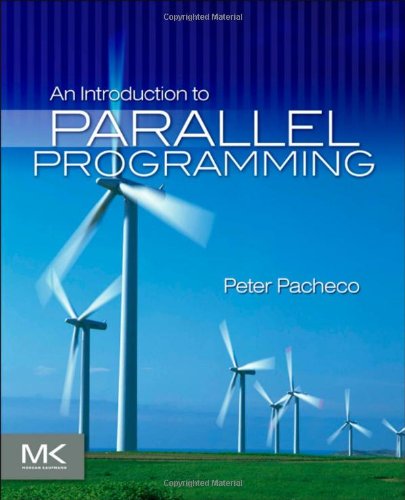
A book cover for An Introduction to Parallel Programming; Peter Pacheco; Computers & Technology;